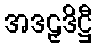
အဒဠှဒိဋ္ဌီ